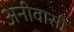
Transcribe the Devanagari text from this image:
अनीवासी